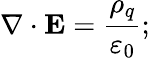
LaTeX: \nabla\cdot\mathbf{E}={\frac{\rho_{q}}{\varepsilon_{0}}};